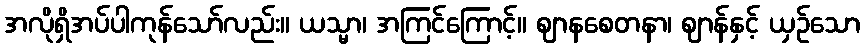
အလိုရှိအပ်ပါကုန်သော်လည်း။ ယသ္မာ၊ အကြင်ကြောင့်။ ဈာနစေတနာ၊ ဈာန်နှင့် ယှဉ်သော